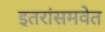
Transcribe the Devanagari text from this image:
इतरांसमवेत